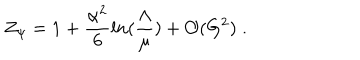
Z _ { \psi } = 1 + \frac { \alpha ^ { 2 } } { 6 } l n ( \frac { \Lambda } { \mu } ) + { \cal O } ( G ^ { 2 } ) \; .